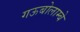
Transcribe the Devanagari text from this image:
गऊबोलाम्बे